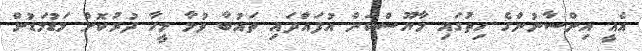
އެއީ އިންސާނުންގެ ހިތުގައި މާޔޫސްކަން އުފައްދައި ތައުބާ ވުމާ މީހާ ދުރުކޮށް މަޑުމަޑުން